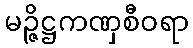
မဉ္ဇိဋ္ဌကဏှစီဝရာ